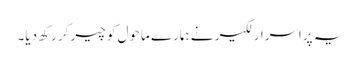
یہ پراسرار لکیر نے ہمارے ماحول کو چیر کر رکھ دیا۔